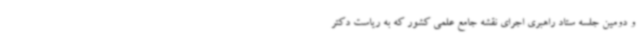
و دومین جلسه ستاد راهبری اجرای نقشه جامع علمی کشور که به ریاست دکتر